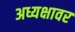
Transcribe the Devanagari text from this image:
अध्यक्षावर